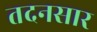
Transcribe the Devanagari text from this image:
तदनसार